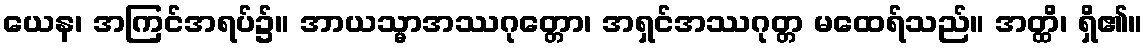
ယေန၊ အကြင်အရပ်၌။ အာယသ္မာအဿဂုတ္တော၊ အရှင်အဿဂုတ္တ မထေရ်သည်။ အတ္ထိ၊ ရှိ၏။